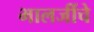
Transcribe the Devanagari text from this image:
भालजींचे